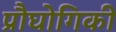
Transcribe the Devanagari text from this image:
प्रौघोगिकी